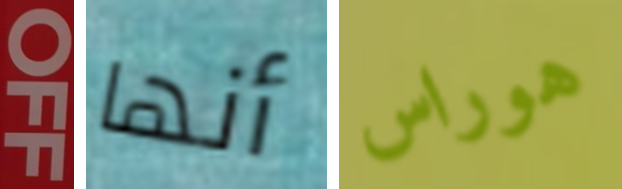
OFF أنها هوراس